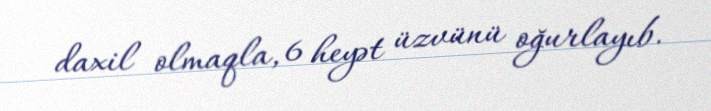
daxil olmaqla, 6 heyət üzvünü oğurlayıb.